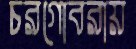
চরগোবরায়